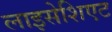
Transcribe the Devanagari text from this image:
लाइसेशिएट